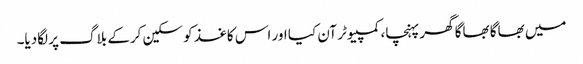
میں بھاگا بھاگا گھر پہنچا، کمپیوٹر آن کیا اور اس کاغذ کو سکین کرکے بلاگ پر لگادیا۔